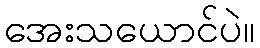
အေးသယောင်ပဲ။